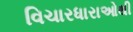
વિચારધારાઓથી